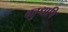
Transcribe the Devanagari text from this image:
बहुधापि